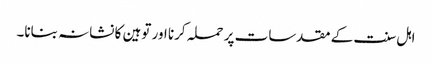
اہل سنت کے مقدسات پر حملہ کرنا اور توہین کا نشانہ بنانا۔